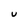
Character: U